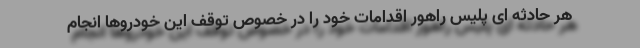
هر حادثه ای پلیس راهور اقدامات خود را در خصوص توقف این خودروها انجام